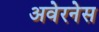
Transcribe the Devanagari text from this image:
अवेरनेस